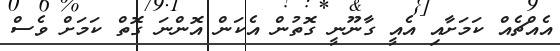
އެއްޗެއް ކަމަށާއި އެއީ ގާނޫނީ ގޮތުން އެކަން އޮންނަ ގޮތް ކަމަށް ވެސް